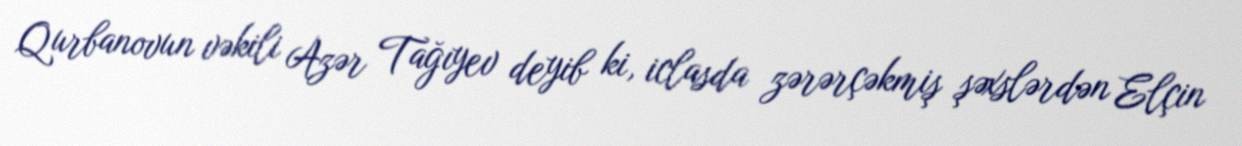
Qurbanovun vəkili Azər Tağıyev deyib ki, iclasda zərərçəkmiş şəxslərdən Elçin